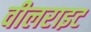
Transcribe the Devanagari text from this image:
वीलराइट